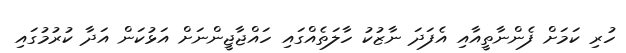
ހުރި ކަމަށް ފެންނާތީއާއި އެފަދަ ނާޒުކު ހާލަތެއްގައި ހައްޖާޖީންނަށް އަޅުކަން އަދާ ކުރުމުގައި